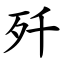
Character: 歼